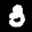
Label: 3